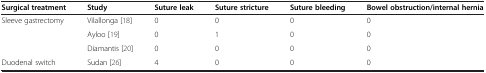
<table><thead><tr><td><b>Surgical treatment</b></td><td><b>Study</b></td><td><b>Suture leak</b></td><td><b>Suture stricture</b></td><td><b>Suture bleeding</b></td><td><b>Bowel obstruction/internal hernia</b></td></tr></thead><tbody><tr><td rowspan="3">Sleeve gastrectomy</td><td>Vilallonga [18]</td><td>0</td><td>0</td><td>0</td><td>0</td></tr><tr><td>Ayloo [19]</td><td>0</td><td>1</td><td>0</td><td>0</td></tr><tr><td>Diamantis [20]</td><td>0</td><td>0</td><td>0</td><td>0</td></tr><tr><td>Duodenal switch</td><td>Sudan [26]</td><td>4</td><td>0</td><td>0</td><td>0</td></tr></tbody></table>